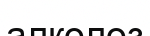
алколоз